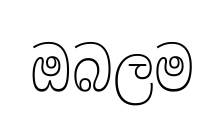
ඔබලම